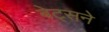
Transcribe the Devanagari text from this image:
बेट्सने